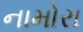
નામોરા